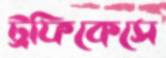
ট্রফিকেসে